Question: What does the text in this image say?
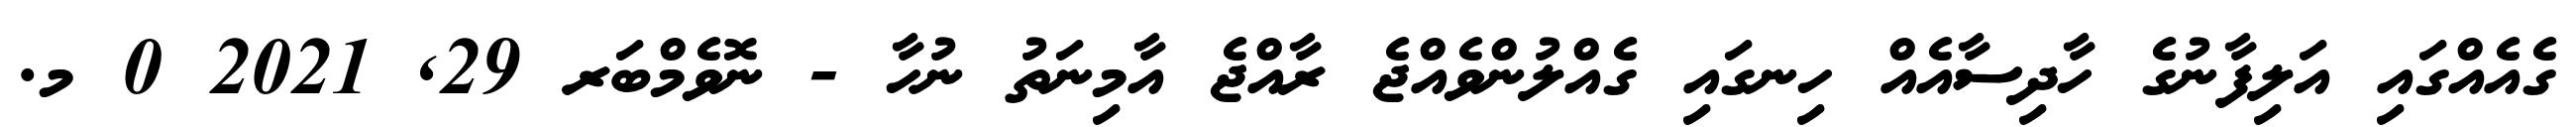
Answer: ގެއެއްގައި އަލިފާނުގެ ހާދިސާއެއް ހިނގައި ގެއްލުންވެއްޖެ ރާއްޖެ އާމިނަތު ނުހާ - ނޮވެމްބަރ 29, 2021 0 މ.